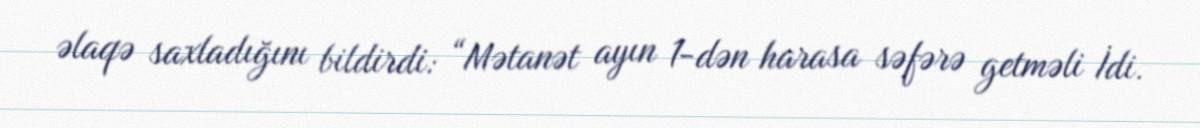
əlaqə saxladığını bildirdi: “Mətanət ayın 1-dən harasa səfərə getməli İdi.